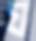
য